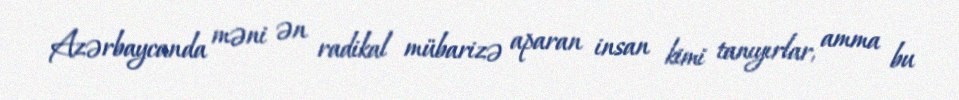
Azərbaycanda məni ən radikal mübarizə aparan insan kimi tanıyırlar, amma bu